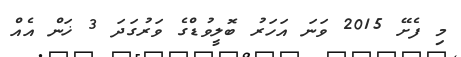
މި ފެށޭ 2015 ވަނަ އަހަރު ބޮލީވުޑްގެ ވަރުގަދަ 3 ޚަން އެއް